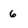
Character: 6